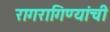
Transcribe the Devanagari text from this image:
रागरागिण्यांची